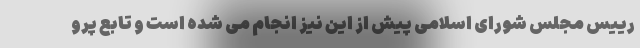
رییس مجلس شورای اسلامی پیش از این نیز انجام می شده است و تابع پرو